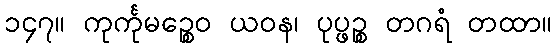
၁၄၇။ ကုင်္ကုမဉ္စေဝ ယဝန၊ ပုပ္ဖဉ္စ တဂရံ တထာ။